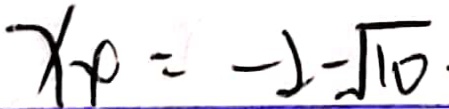
x _ { 4 } = - 2 - \sqrt { 1 0 }